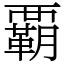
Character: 覇